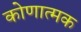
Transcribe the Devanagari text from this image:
कोणात्मक